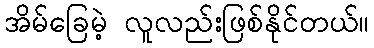
အိမ်ခြေမဲ့ လူလည်းဖြစ်နိုင်တယ်။